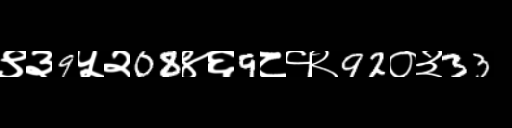
Text: ९३9५२08४६9८१२92०३33